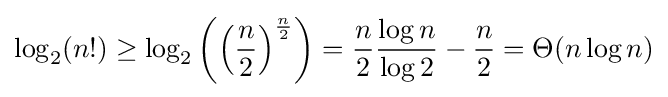
\log _{2}(n!)\geq \log _{2}\left(\left({\frac {n}{2}}\right)^{\frac {n}{2}}\right)={\frac {n}{2}}{\frac {\log n}{\log 2}}-{\frac {n}{2}}=\Theta (n\log n)